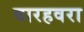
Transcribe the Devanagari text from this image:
बारहवरा